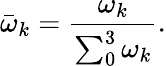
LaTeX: {{\bar{\omega}}_{k}}=\frac{{{\omega}_{k}}}{\sum_{0}^{3}{{{\omega}_{k}}}}.